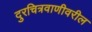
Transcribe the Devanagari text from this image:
दुरचित्रवाणीवरील